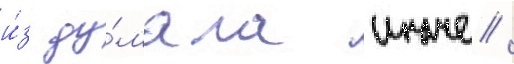
и́з ду́мала иначе /